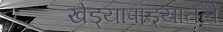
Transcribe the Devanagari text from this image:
खेड्यापाड्यातले